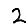
Digit: 2